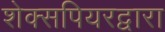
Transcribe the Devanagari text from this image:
शेक्सपियरद्वारा